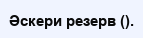
Әскери резерв ().